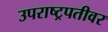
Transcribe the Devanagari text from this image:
उपराष्ट्रपतीवर